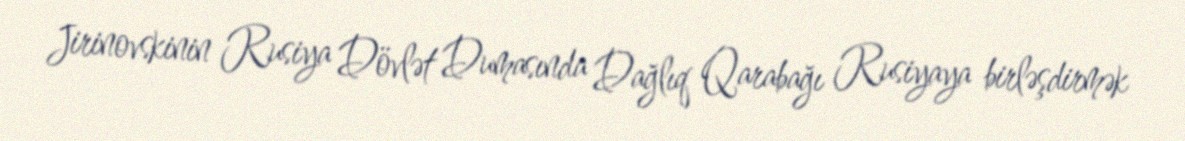
Jirinovskinin Rusiya Dövlət Dumasında Dağlıq Qarabağı Rusiyaya birləşdirmək